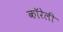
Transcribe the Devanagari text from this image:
कॉरेली